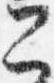
公